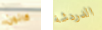
كانون الدردشة